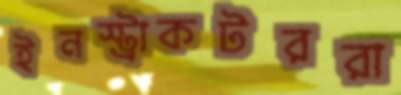
ইনস্ট্রাকটররা